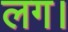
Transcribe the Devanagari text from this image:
लग।